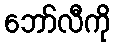
ဘော်လီကို